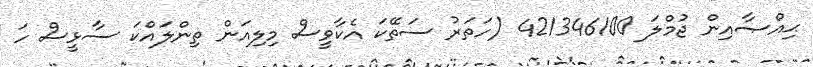
ޙިއްޞާއިން ޖުމްލަ 421346100 (ހަތަރު ސަތޭކަ އެކާވީސް މިލިއަން ތިންލައްކަ ސާޅީސް ހަ